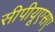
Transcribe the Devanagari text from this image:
सीपीयूएसए